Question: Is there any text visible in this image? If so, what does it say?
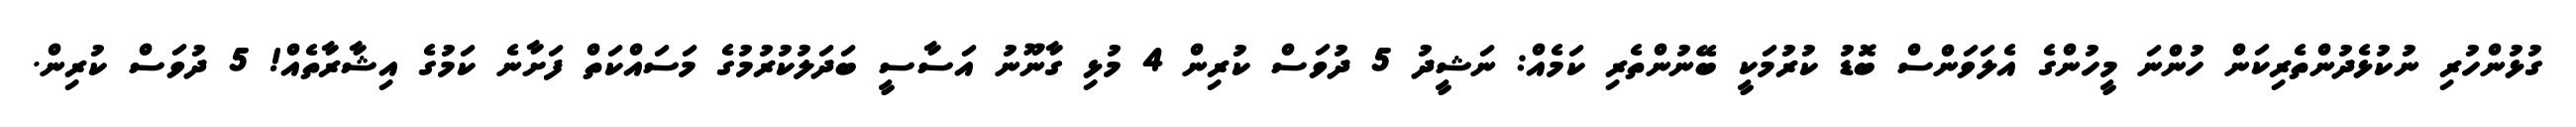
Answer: ގުޅުންހުރި ނުކުޅެދުންތެރިކަން ހުންނަ މީހުންގެ އެލަވަންސް ބޮޑު ކުރުމަކީ ބޭނުންތެރި ކަމެއް: ނަޝީދު 5 ދުވަސް ކުރިން 4 މުޅި ގާނޫނު އަސާސީ ބަދަލުކުރުމުގެ މަސައްކަތް ފަށާނެ ކަމުގެ އިޝާރާތެއް! 5 ދުވަސް ކުރިން.